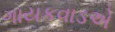
ગાયકવાડએ